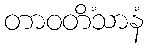
တာဝတိံသာနံ